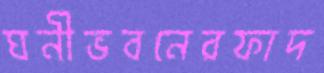
ঘনীভবনেরফাদ